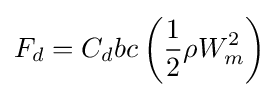
F_{d}=C_{d}bc\left({\frac {1}{2}}\rho W_{m}^{2}\right)